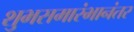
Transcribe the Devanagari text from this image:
शुभसमारंभानंतर